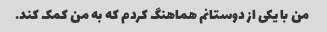
من با یکی از دوستانم هماهنگ کردم که به من کمک کند.